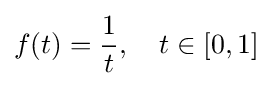
f(t)={\frac {1}{t}},\quad t\in [0,1]